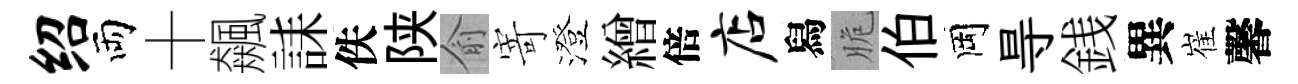
绍両十飆誄佚陕俞寄澄繒倍店舄脆伯岡㝵銭異崔馨